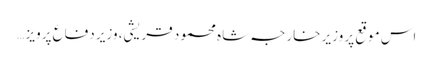
اس موقع پر وزیر خارجہ شاہ محمود قریشی، وزیر دفاع پرویز …